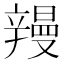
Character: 𮝽